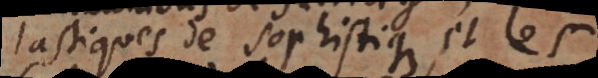
Scholastiques de sophistique, et les